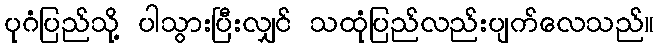
ပုဂံပြည်သို့ ပါသွားပြီးလျှင် သထုံပြည်လည်းပျက်လေသည်။